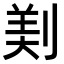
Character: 𠝫